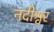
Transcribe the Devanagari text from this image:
नदीश्वर